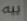
ييه